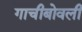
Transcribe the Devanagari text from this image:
गाचीबोवली